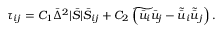
\tau _ { i j } = C _ { 1 } \bar { \Delta } ^ { 2 } | \bar { S } | \bar { S } _ { i j } + C _ { 2 } \left( \widetilde { \bar { u } _ { i } \bar { u } _ { j } } - \tilde { \bar { u } } _ { i } \tilde { \bar { u } } _ { j } \right) .